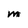
Character: M